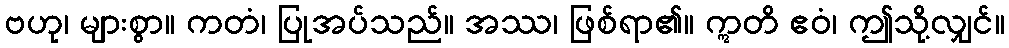
ဗဟု၊ များစွာ။ ကတံ၊ ပြုအပ်သည်။ အဿ၊ ဖြစ်ရာ၏။ ဣတိ ဧဝံ၊ ဤသို့လျှင်။